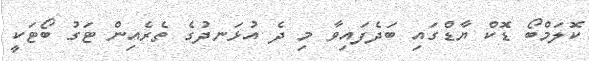
ކޮލަމްބޯ ޑޮކް ޔާޑްގައި ބަދެފައިވާ މި ދެ އުޅަނދުގެ ތެރެއިން ޓަގު ބޯޓަކީ